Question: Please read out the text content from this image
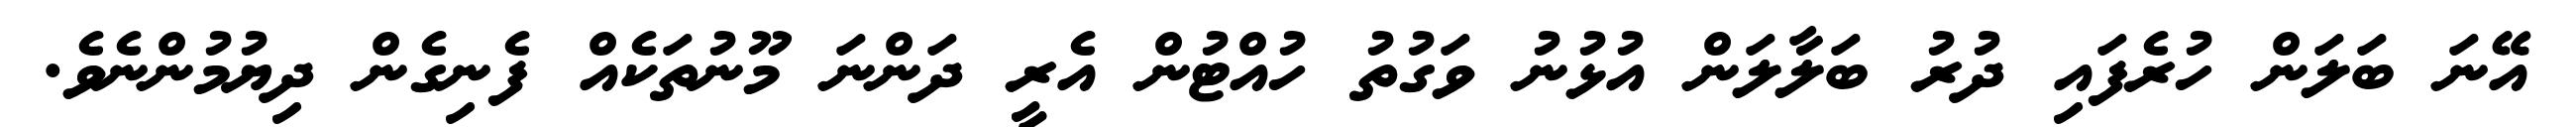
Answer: އޭނަ ބަލަން ހުރެފައި ދުރު ބަލާލަން އުޅުނު ވަގުތު ހުއްޓުން އެރީ ދަންނަ މޫނުތަކެއް ފެނިގެން ދިޔުމުންނެވެ.